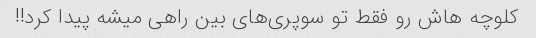
کلوچه هاش رو فقط تو سوپری‌های بین راهی میشه پیدا کرد!!